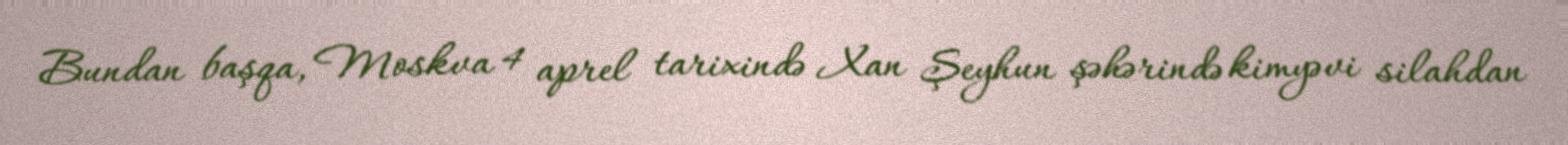
Bundan başqa, Moskva 4 aprel tarixində Xan Şeyhun şəhərində kimyəvi silahdan